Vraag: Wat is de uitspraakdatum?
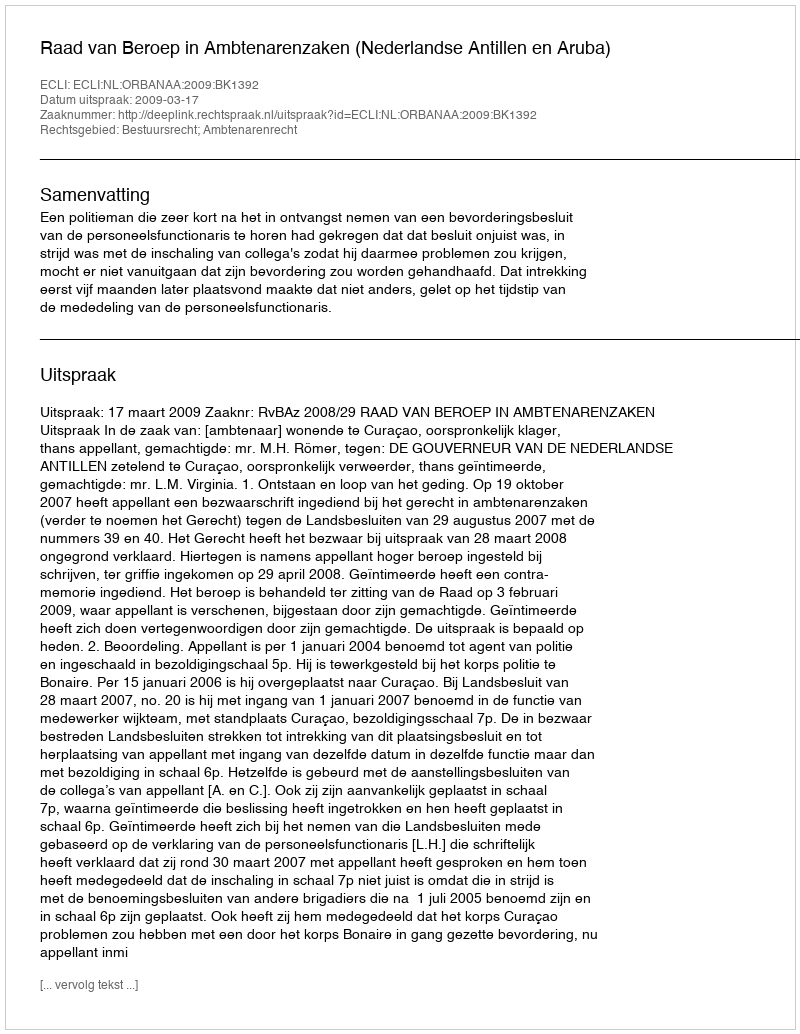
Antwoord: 2009-03-17